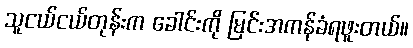
သူငယ်ငယ်တုန်းက ခေါင်းကို မြင်းအကန်ခံရဖူးတယ်။